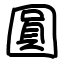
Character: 圓